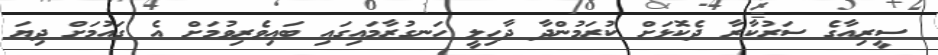
ސީރިއާގެ ސަރުކާރާ ދެކޮޅަށް ކުރަމުންދާ ދާހިލީ ހަނގުރާމައިގައި ބައިވެރިވުމަށް އެ ގައުމަށް ދިޔަ